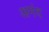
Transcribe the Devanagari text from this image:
अमंद